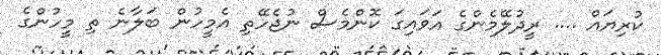
ކުރިޔައް .... ރީދުލޭމެންގެ އަވައިގަ ކޮންމެސް ނުޖެހޭތި އެމީހުން ބަލާނެ ތި މީހުންގެ